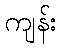
ကျန်း